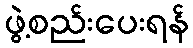
ဖွဲ့စည်းပေးရန်